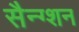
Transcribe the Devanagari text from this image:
सैन्ग्शन